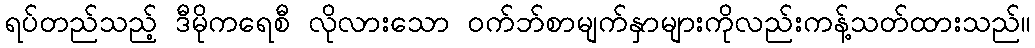
ရပ်တည်သည့် ဒီမိုကရေစီ လိုလားသော ဝက်ဘ်စာမျက်နှာများကိုလည်းကန့်သတ်ထားသည်။